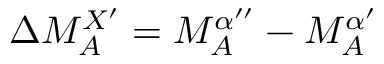
\Delta M _ { A } ^ { X ^ { \prime } } = M _ { A } ^ { \alpha ^ { \prime \prime } } - M _ { A } ^ { \alpha ^ { \prime } }